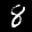
Label: 8